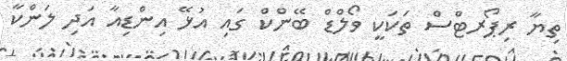
ތިޔާ ރިޕޯރޓްސް ތަކަކީ ވޯލްޑް ބޭންކް ގައި އުޅޭ އިންޑިއާ އަދި ލަންކާ